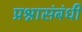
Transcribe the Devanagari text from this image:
प्रश्नासंबंधी